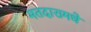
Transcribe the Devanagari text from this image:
मतदारामधे